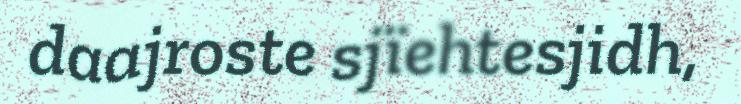
daajroste sjïehtesjidh,